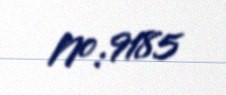
№: 9185